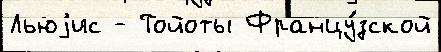
Льюjис - Тойоты Францу́зской